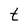
Character: t